Vaccine operations Central Provinces 1868-1885 - 1868-1885
Year: 1868
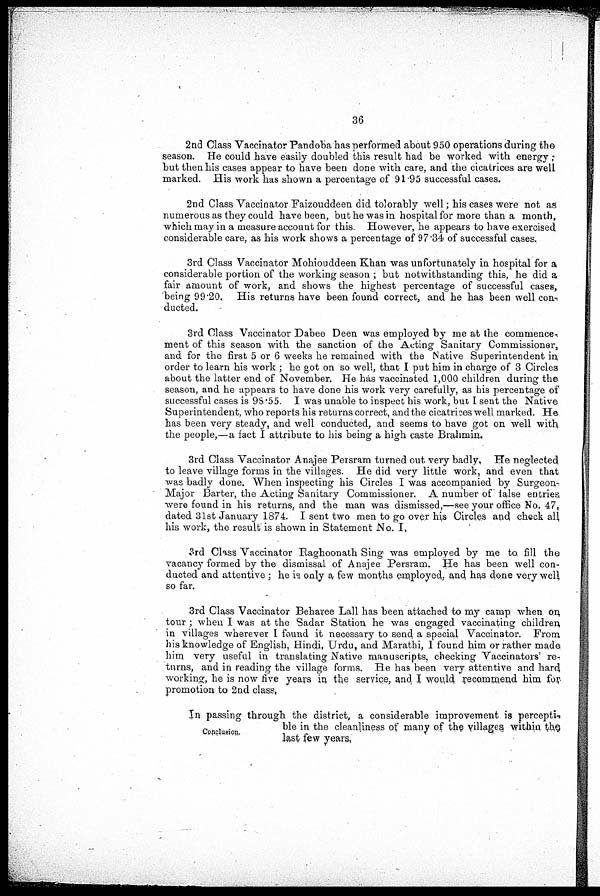
36
2nd Class Vaccinator Pandoba has performed about 950 operations during the
season. He could have easily doubled this result had be worked with energy ;
but then his cases appear to have been done with care, and the cicatrices are well
marked. His work has shown a percentage of 91.95 successful cases.
2nd Class Vaccinator Faizouddeen did tolorably well; his cases were not as
numerous as they could have been, but he was in hospital for more than a month,
which may in a measure account for this. However, he appears to have exercised
considerable care, as his work shows a percentage of 97.34 of successful cases.
3rd Class Vaccinator Mohiouddeen Khan was unfortunately in hospital for a
considerable portion of the working season ; but notwithstanding this, he did a
fair amount of work, and shows the highest percentage of successful cases,
being 99.20. His returns have been found correct, and he has been well con-
ducted.
3rd Class Vaccinator Dabee Deen was employed by me at the commence-,
ment of this season with the sanction of the Acting Sanitary Commissioner,
and for the first 5 or 6 weeks he remained with the Native Superintendent in,
order to learn his work ; he got on so well, that I put him in charge of 3 Circles
about the latter end of November. He has vaccinated 1,000 children during the
season, and he appears to have done his work very carefully, as his percentage of
successful cases is 98.55. I was unable to inspect his work, but I sent the Native
Superintendent, who reports his returns correct, and the cicatrices well marked. He
has been very steady, and well conducted, and seems to have got on well with
the people,—a fact I attribute to his being a high caste Brahmin.
3rd Class Vaccinator Anajee Persram turned out very badly, He neglected
to leave village forms in the villages. He did very little work, and even that
was badly done. When inspecting his Circles I was accompanied by Surgeon-
Major Barter, the Acting Sanitary Commissioner. A number of false entries,
were found in his returns, and the man was dismissed,—see your office No. 47,
dated 31st January 1874. I sent two men to go over his Circles and check all
his work, the result is shown in Statement No. I,
3rd Class Vaccinator Raghoonath Sing was employed by me to fill the
vacancy formed by the dismissal of Anajee Persram. He has been well con-
ducted and attentive ; he is only a few months employed, and has done very well
so far.
3rd Class Vaccinator Beharee Lall has been attached to my camp when on
tour ; when I was at the Sadar Station he was engaged vaccinating children,
in villages wherever I found it necessary to send a special Vaccinator. From
his knowledge of English, Hindi, Urdu, and Marathi, I found him or rather made
him very useful in translating Native manuscripts, checking Vaccinators' re-
turns, and in reading the village forms. He has been very attentive and hard
working, he is now five years in the service, and I would recommend him for;
promotion to 2nd class,
Conclusion.
In passing through the district, a considerable improvement is percepti¬
ble in the cleanliness of many of the villages within the
last few years,